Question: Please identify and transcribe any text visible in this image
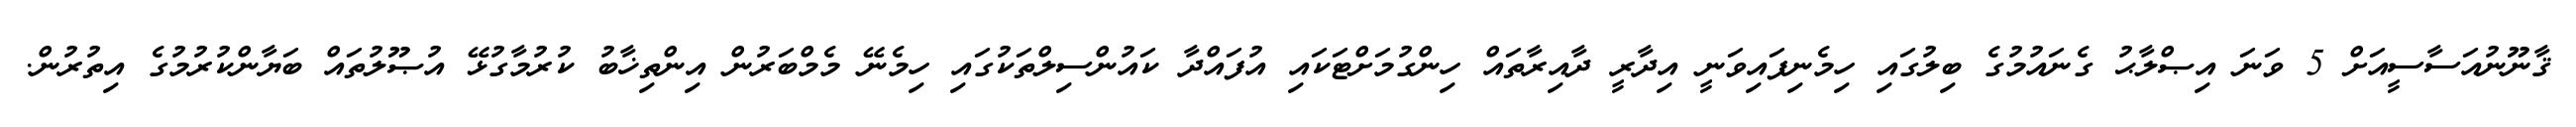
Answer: ޤާނޫނުއަސާސީއަށް 5 ވަނަ އިޞްލާޙު ގެނައުމުގެ ބިލުގައި ހިމެނިފައިވަނީ އިދާރީ ދާއިރާތައް ހިންގުމަށްޓަކައި އުފައްދާ ކައުންސިލްތަކުގައި ހިމެނޭ މެމްބަރުން އިންތިޚާބު ކުރުމާގުޅޭ އުޞޫލުތައް ބަޔާންކުރުމުގެ އިތުރުން.